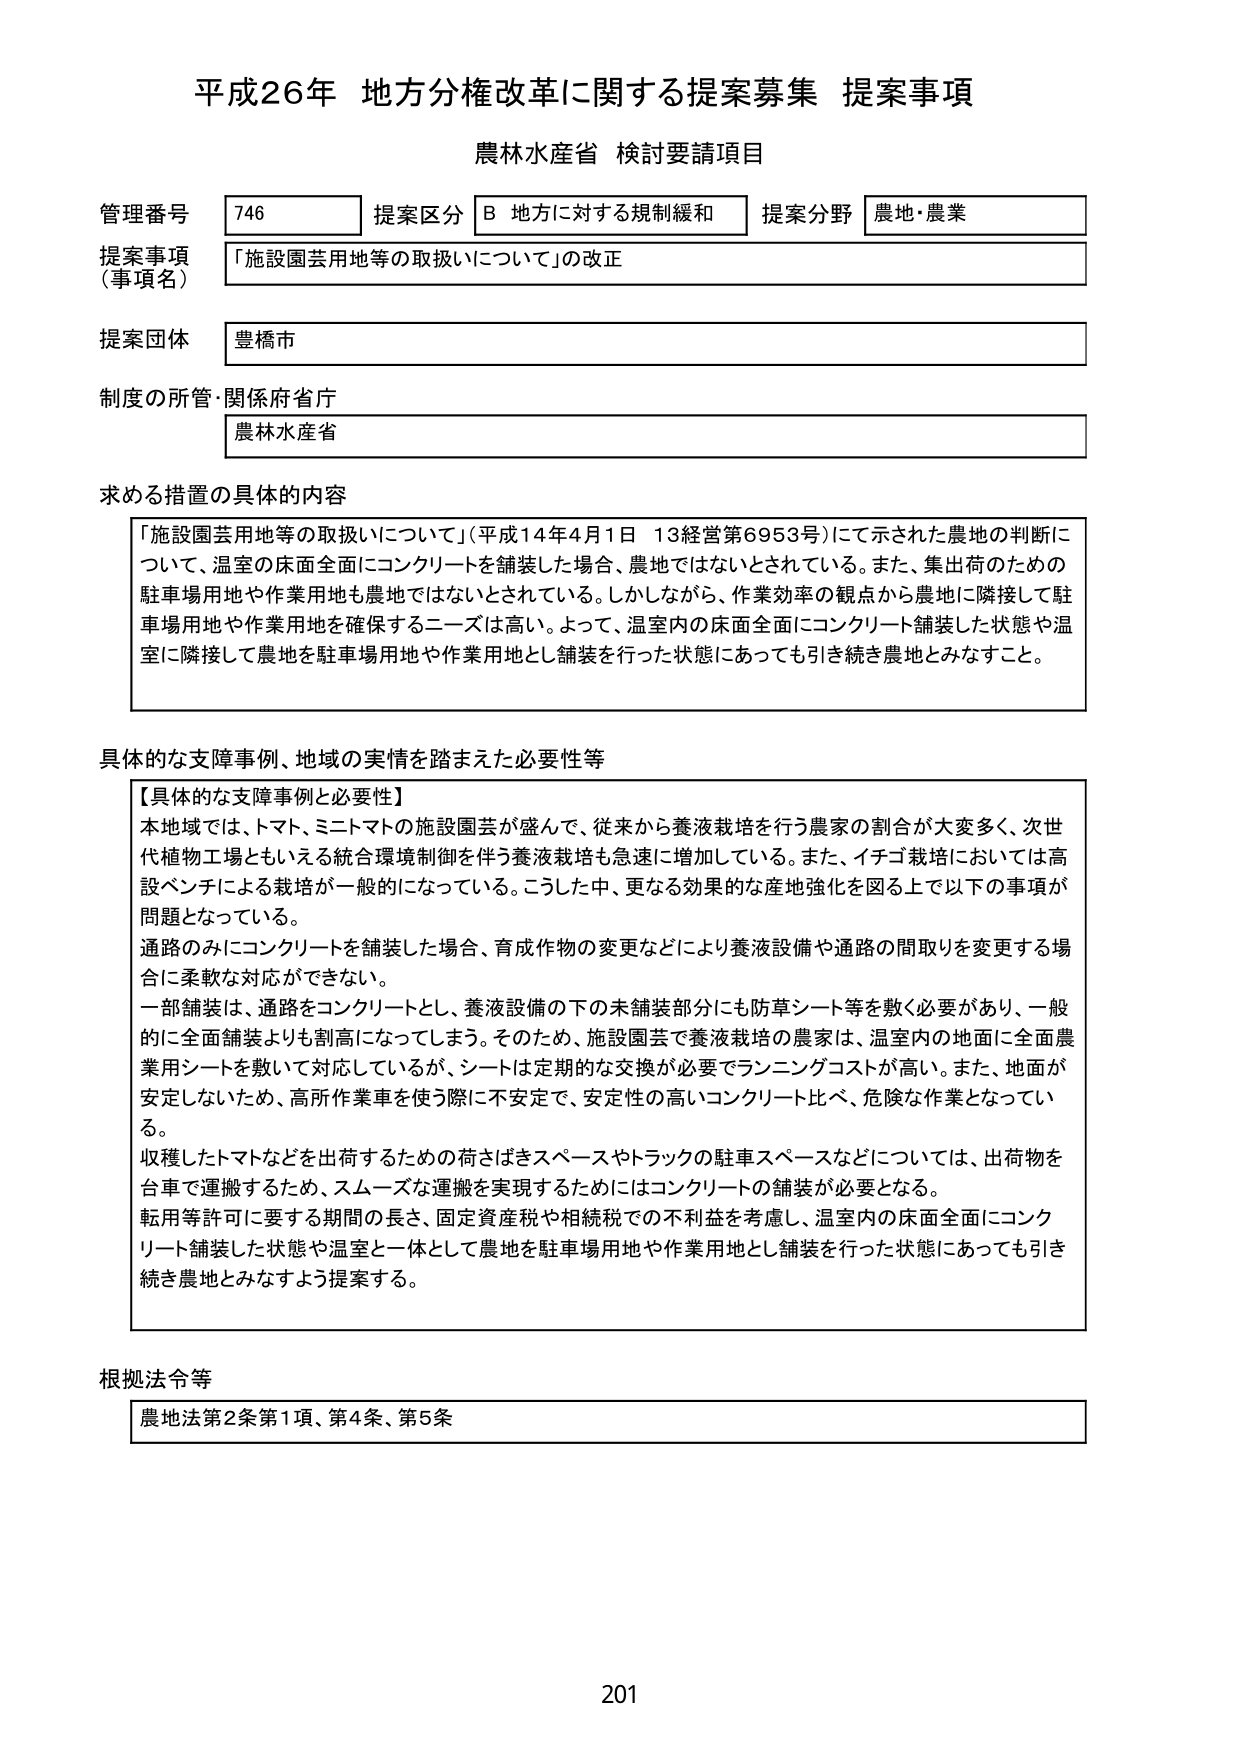
平成26年 地方分権改革に関する提案募集 提案事項
農林水産省 検討要請項目

管理番号 746 提案区分 B 地方に対する規制緩和 提案分野 農地・農業
提案事項（事項名） 「施設園芸用地等の取扱いについて」の改正
提案団体 豊橋市
制度の所管・関係府省庁 農林水産省

求める措置の具体的内容
「施設園芸用地等の取扱いについて」（平成14年4月1日 13経営第6953号）にて示された農地の判断について、温室の床面全面にコンクリートを舗装した場合、農地ではないとされている。また、集出荷のための駐車場用地や作業用地も農地ではないとされている。しかしながら、作業効率の観点から農地に隣接して駐車場用地や作業用地を確保するニーズは高い。よって、温室内の床面全面にコンクリート舗装した状態や温室に隣接して農地を駐車場用地や作業用地とし舗装を行った状態にあっても引き続き農地とみなすこと。

具体的な支障事例、地域の実情を踏まえた必要性等
【具体的な支障事例と必要性】
本地域では、トマト、ミニトマトの施設園芸が盛んで、従来から養液栽培を行う農家の割合が大変多く、次世代植物工場ともいえる統合環境制御を伴う養液栽培も急速に増加している。また、イチゴ栽培においては高設ベンチによる栽培が一般的になっている。こうした中、更なる効果的な産地強化を図る上で以下の事項が問題となっている。
通路のみにコンクリートを舗装した場合、育成作物の変更などにより養液設備や通路の間取りを変更する場合に柔軟な対応ができない。
一部舗装は、通路をコンクリートとし、養液設備の下の未舗装部分にも防草シート等を敷く必要があり、一般的に全面舗装よりも割高になってしまう。そのため、施設園芸で養液栽培の農家は、温室内の地面に全面農業用シートを敷いて対応しているが、シートは定期的な交換が必要でランニングコストが高い。また、地面が安定しないため、高所作業車を使う際に不安定で、安定性の高いコンクリート比べ、危険な作業となっている。
収穫したトマトなどを出荷するための荷さばきスペースやトラックの駐車スペースなどについては、出荷物を台車で運搬するため、スムーズな運搬を実現するためにはコンクリートの舗装が必要となる。
転用等許可に要する期間の長さ、固定資産税や相続税での不利益を考慮し、温室内の床面全面にコンクリート舗装した状態や温室と一体として農地を駐車場用地や作業用地とし舗装を行った状態にあっても引き続き農地とみなすよう提案する。

根拠法令等
農地法第2条第1項、第4条、第5条

201